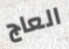
العاج